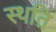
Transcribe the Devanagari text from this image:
स्‍थति